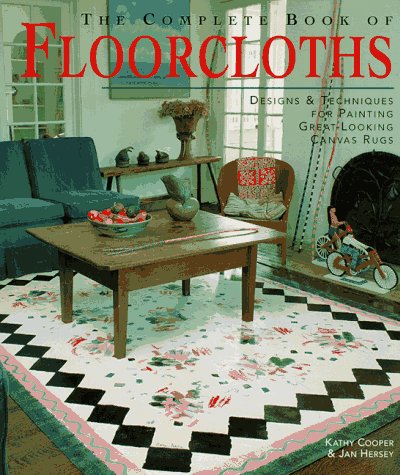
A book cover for The Complete Book of Floorcloths: Designs & Techniques for Painting Great-Looking Canvas Rugs; Kathy Cooper; Crafts, Hobbies & Home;